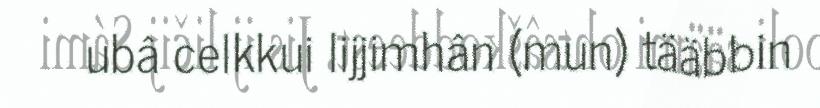
ubâ celkkui lijjimhân (mun) tääbbin